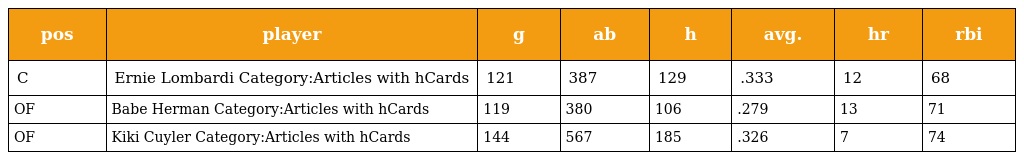
| pos | player | g | ab | h | avg. | hr | rbi |
 | --- | --- | --- | --- | --- | --- | --- | --- |
 | C | Ernie Lombardi Category:Articles with hCards | 121 | 387 | 129 | .333 | 12 | 68 |
 | OF | Babe Herman Category:Articles with hCards | 119 | 380 | 106 | .279 | 13 | 71 |
 | OF | Kiki Cuyler Category:Articles with hCards | 144 | 567 | 185 | .326 | 7 | 74 |